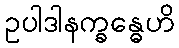
ဥပါဒါနက္ခန္ဓေဟိ